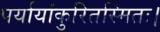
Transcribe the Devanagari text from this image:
पर्यायांकुरितस्मितः।